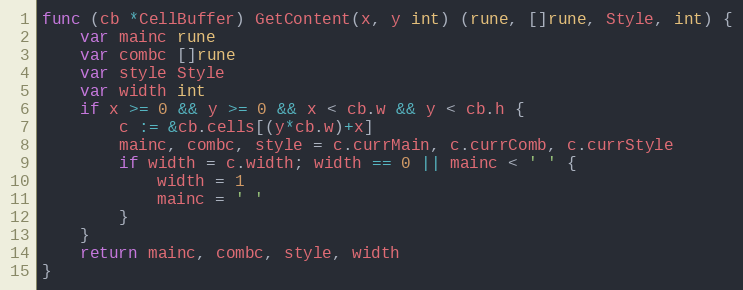
Language: Go
func (cb *CellBuffer) GetContent(x, y int) (rune, []rune, Style, int) {
	var mainc rune
	var combc []rune
	var style Style
	var width int
	if x >= 0 && y >= 0 && x < cb.w && y < cb.h {
		c := &cb.cells[(y*cb.w)+x]
		mainc, combc, style = c.currMain, c.currComb, c.currStyle
		if width = c.width; width == 0 || mainc < ' ' {
			width = 1
			mainc = ' '
		}
	}
	return mainc, combc, style, width
}